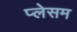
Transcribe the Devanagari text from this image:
प्लेसम